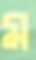
ম